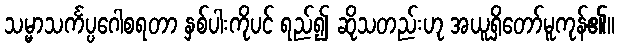
သမ္မာသင်္ကပ္ပဂေါစရတာ နှစ်ပါးကိုပင် ရည်၍ ဆိုသတည်းဟု အယူရှိတော်မူကုန်၏။